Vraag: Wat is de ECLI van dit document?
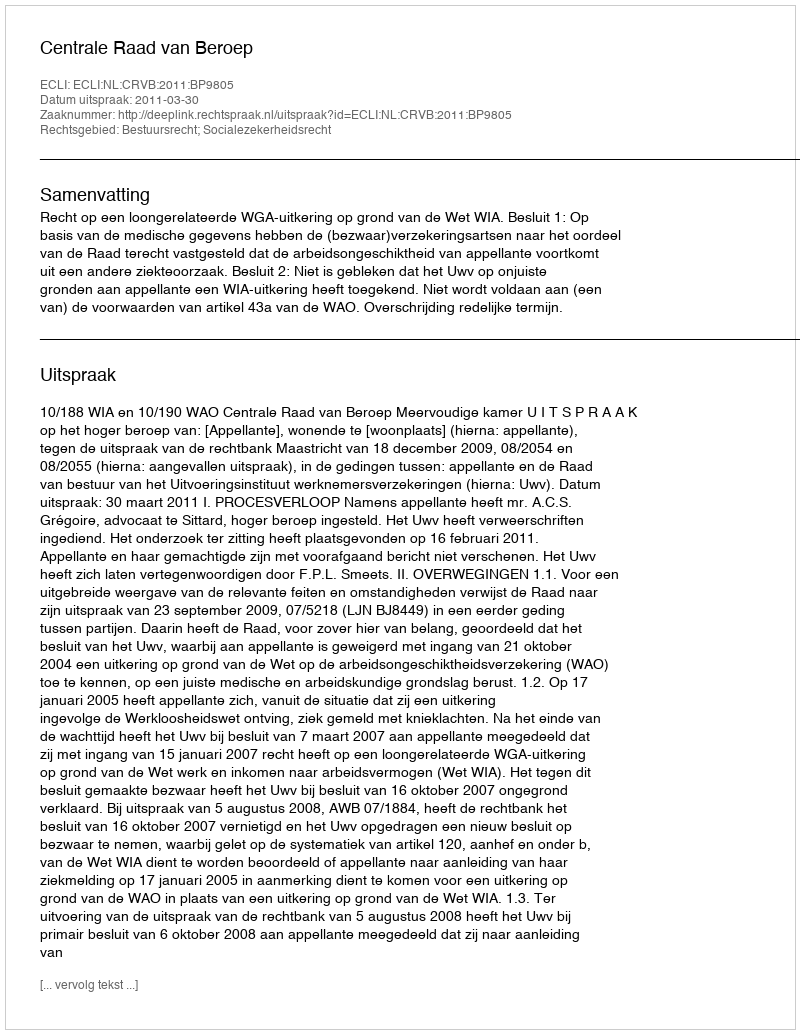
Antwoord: ECLI:NL:CRVB:2011:BP9805